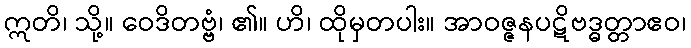
ဣတိ၊ သို့။ ဝေဒိတဗ္ဗံ၊ ၏။ ဟိ၊ ထိုမှတပါး။ အာဝဇ္ဇနပဋိဗဒ္ဓတ္တာဧဝ၊